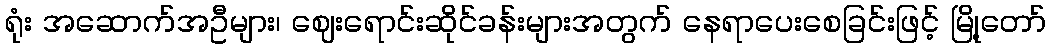
ရုံး အဆောက်အဦများ၊ ဈေးရောင်းဆိုင်ခန်းများအတွက် နေရာပေးစေခြင်းဖြင့် မြို့တော်